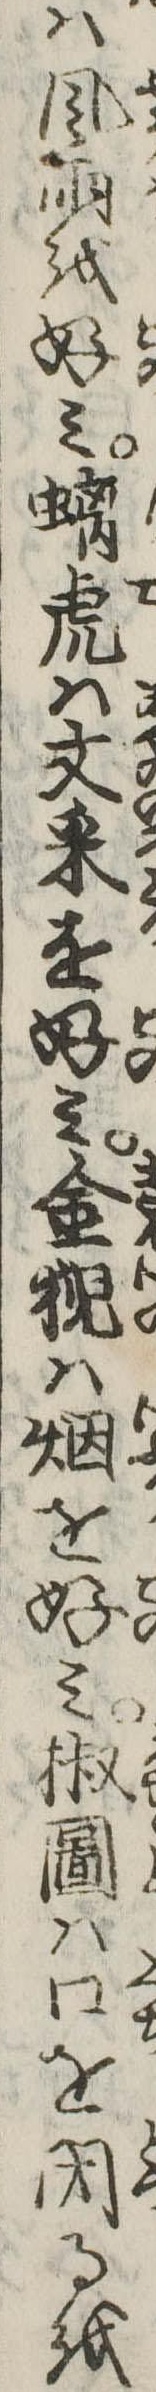
は風雨を好み虎は文采を好み金は煙を好み椒図は口を閉るを